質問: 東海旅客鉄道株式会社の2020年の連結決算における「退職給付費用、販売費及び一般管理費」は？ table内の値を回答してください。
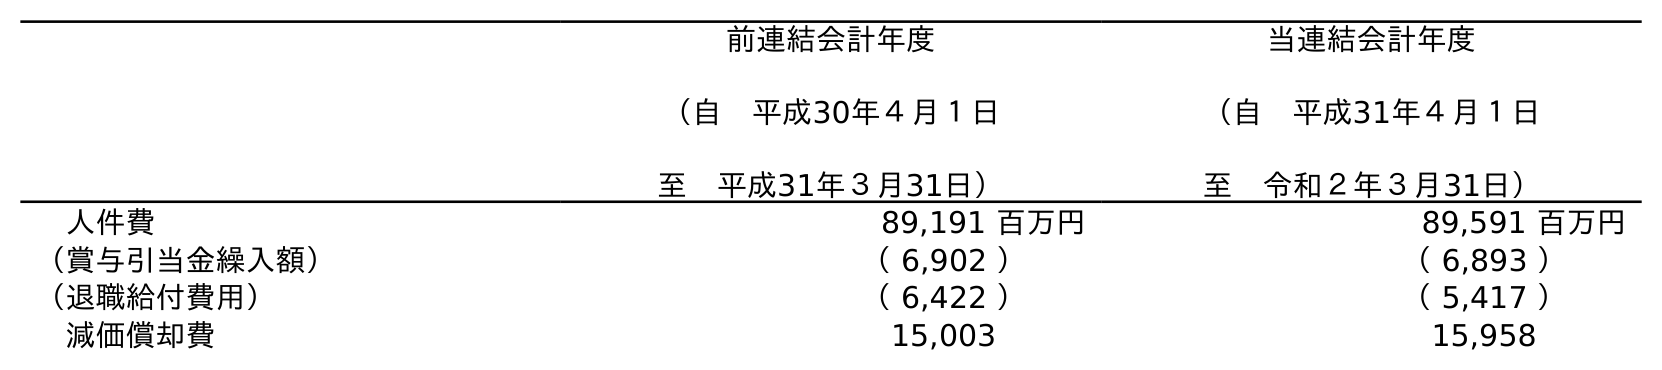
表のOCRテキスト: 前連結会計年度 （自 平成30年４月１日 至 平成31年３月31日） 当連結会計年度 （自 平成31年４月１日 至 令和２年３月31日） 人件費 89,191 百万円 89,591 百万円 （賞与引当金繰入額） （ 6,902 ） （ 6,893 ） （退職給付費用） （ 6,422 ） （ 5,417 ） 減価償却費 15,003 15,958
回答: （5,417）